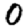
Digit: 0